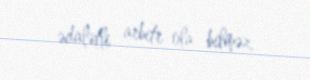
ədalətli arbitr ola bilməz.